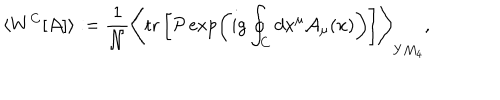
LaTeX: \langle W ^ { C } [ { \cal A } ] \rangle : = { \frac { 1 } { \cal N } } \Biggr \langle \mathrm { t r } \left[ { \cal P } \exp \left( i g \oint _ { C } d x ^ { \mu } { \cal A } _ { \mu } ( x ) \right) \right] \Biggr \rangle _ { Y M _ { 4 } } ,